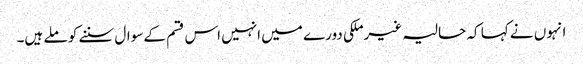
انہوں نے کہا کہ حالیہ غیرملکی دورے میں انہیں اس قسم کے سوال سننے کو ملے ہیں۔